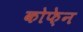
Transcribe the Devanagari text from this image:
कोफ़ेन